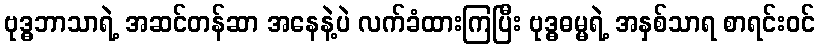
ဗုဒ္ဓဘာသာရဲ့ အဆင်တန်ဆာ အနေနဲ့ပဲ လက်ခံထားကြပြီး ဗုဒ္ဓဓမ္မရဲ့ အနှစ်သာရ စာရင်းဝင်